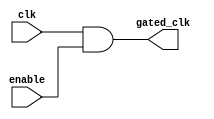
module clock_gating (
    input wire clk,          // Primary clock signal
    input wire enable,       // Enable signal
    output wire gated_clk    // Gated clock signal
);

// Generate the gated clock signal using an AND gate
assign gated_clk = clk & enable;

endmodule